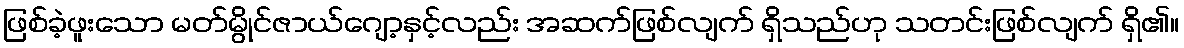
ဖြစ်ခဲ့ဖူးသော မတ်မွိုင်ဇာယ်ဂျော့နှင့်လည်း အဆက်ဖြစ်လျက် ရှိသည်ဟု သတင်းဖြစ်လျက် ရှိ၏။